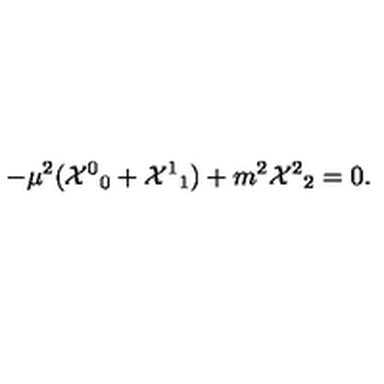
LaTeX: - \mu ^ { 2 } ( { { \cal X } ^ { 0 } } _ { 0 } + { { \cal X } ^ { 1 } } _ { 1 } ) + m ^ { 2 } { { \cal X } ^ { 2 } } _ { 2 } = 0 .